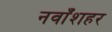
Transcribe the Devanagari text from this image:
नवाँशहर